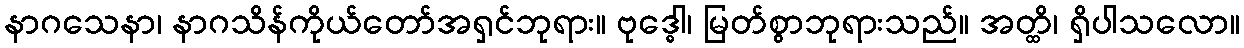
နာဂသေနာ၊ နာဂသိန်ကိုယ်တော်အရှင်ဘုရား။ ဗုဒ္ဓေါ၊ မြတ်စွာဘုရားသည်။ အတ္ထိ၊ ရှိပါသလော။